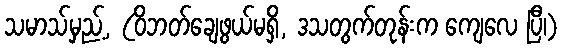
သမာသ်မှည့်, (ဝိဘတ်ချေဖွယ်မရှိ, ဒသတွက်တုန်းက ကျေလေ ပြီ၊)